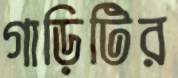
গাড়িটির